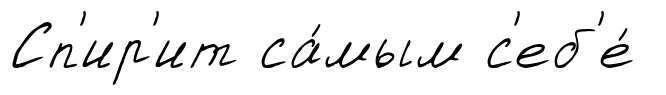
Сп'ир'ит са́мым с'еб'е́